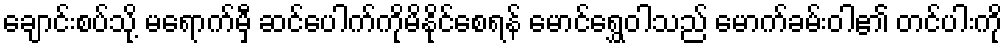
ချောင်းစပ်သို့ မရောက်မှီ ဆင်ပေါက်ကိုမိနိုင်စေရန် မောင်ရွှေဝါသည် မောက်ခမ်းဝါ၏ တင်ပါးကို